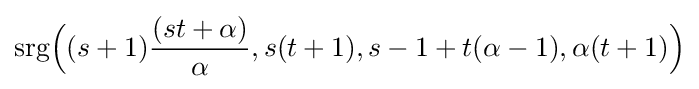
\mathrm {srg} {\Big (}(s+1){\frac {(st+\alpha )}{\alpha }},s(t+1),s-1+t(\alpha -1),\alpha (t+1){\Big )}